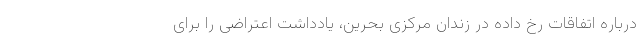
درباره اتفاقات رخ داده در زندان مرکزی بحرین، یادداشت اعتراضی را برای